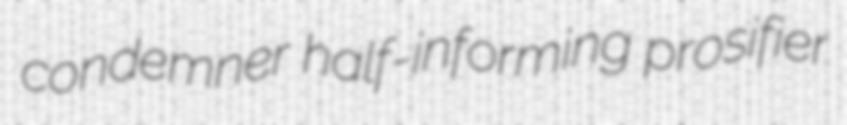
condemner half-informing prosifier